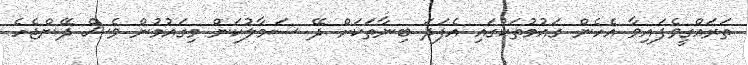
ތަރައްގީވެފައިވާ އެހެން ގައުމުތަކުގައި އެފަދަ ބިނާތަކަށް ދޭ ސަމާލުކަން މިގައުމުން ވެސް ދޭންޖެހެ